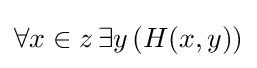
\forall x\in z\,\exists y\,(H(x,y))